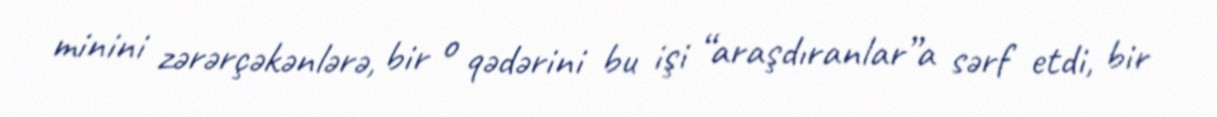
minini zərərçəkənlərə, bir o qədərini bu işi “araşdıranlar”a sərf etdi, bir